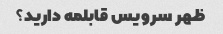
ظهر سرویس قابلمه دارید؟